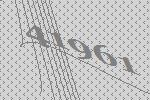
41961